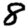
Digit: 8